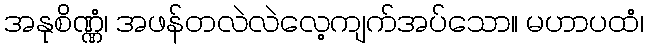
အနုစိဏ္ဏံ၊ အဖန်တလဲလဲလေ့ကျက်အပ်သော။ မဟာပထံ၊